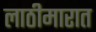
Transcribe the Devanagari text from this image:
लाठीमारात